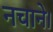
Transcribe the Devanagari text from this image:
नचाने।